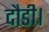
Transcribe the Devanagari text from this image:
दौडी।